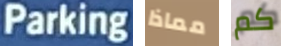
Parking مماذا كم